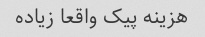
هزینه پیک واقعا زیاده